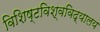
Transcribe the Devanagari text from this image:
विशिष्टविश्वविद्यालय